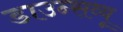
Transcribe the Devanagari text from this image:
डाउन्सव्यू